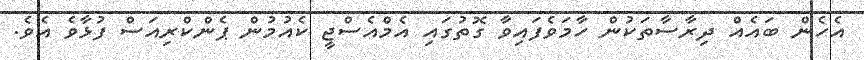
އެހެން ބައެއް ދިރާސާތަކުން ހާމަވެފައިވާ ގޮތުގައި އެމްއެސްޖީ ކެއުމުން ޕެންކްރިއަސް ފުޅާވެ އެވެ.